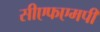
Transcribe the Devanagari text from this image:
सीएफएमपी